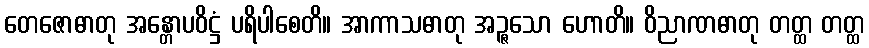
တေဇောဓာတု အန္တောပဝိဋ္ဌံ ပရိပါစေတိ။ အာကာသဓာတု အဉ္ဇသော ဟောတိ။ ဝိညာဏဓာတု တတ္ထ တတ္ထ